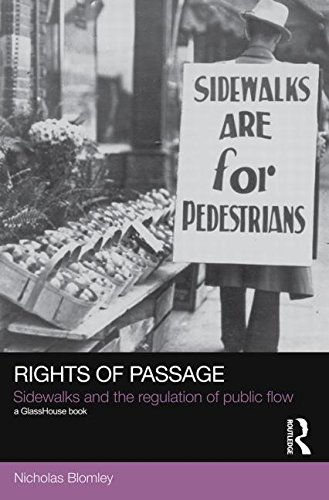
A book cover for Rights of Passage: Sidewalks and the Regulation of Public Flow (Social Justice); Nicholas Blomley; Law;